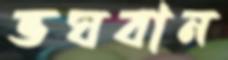
ভঘবান